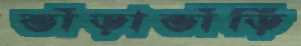
ভাঁড়াভাঁড়ি